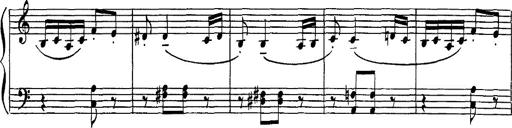
Title: Hungarian Rhapsody No.16
Composer: Franz Liszt
Key: A minor